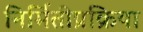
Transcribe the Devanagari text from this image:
निर्मितीप्रक्रिया